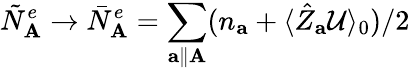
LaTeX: \tilde{N}_{\mathbf{A}}^{e}\rightarrow\bar{N}_{\mathbf{A}}^{e}=\sum_{\mathbf{a}\parallel\mathbf{A}}(n_{\mathbf{a}}+\langle\hat{Z}_{\mathbf{a}}\mathcal{U}\rangle_{0})/2